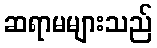
ဆရာမများသည်